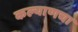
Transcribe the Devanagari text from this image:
कल्याणचा